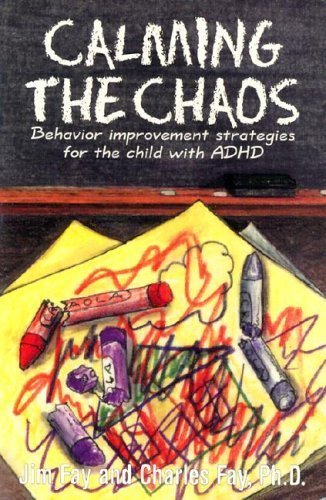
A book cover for Calming the Chaos: Behavior Improvement Strategies for the Child With Adhd; Jim Fay; Parenting & Relationships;